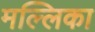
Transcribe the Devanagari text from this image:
मल्‍लिका